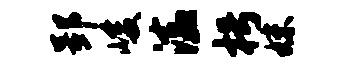
郢峻溘枵妹